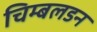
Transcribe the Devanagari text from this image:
चिम्बलडन